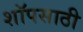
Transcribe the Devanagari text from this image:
शॉपसाठी